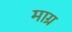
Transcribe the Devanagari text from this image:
माग्र